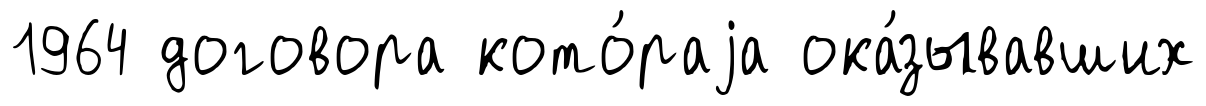
1964 договора кото́раjа ока́зывавших